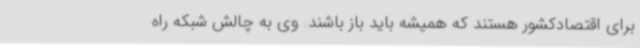
برای اقتصادکشور هستند که همیشه باید باز باشند. وی به چالش شبکه راه